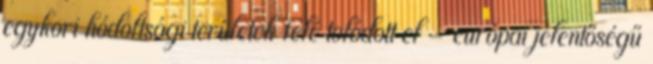
egykori hódoltsági területek felé tolódott el - európai jelentőségű